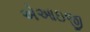
એઆઇજી